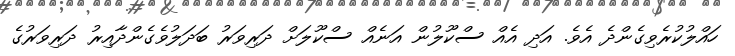
ހައްލުކުރެވިގެންދެ އެވެ. އަދި އެއް ސްކޫލުން އަނެއް ސްކޫލަށް ދަރިވަރު ބަދަލުވެގެންދާއިރު ދަރިވަރުގެ